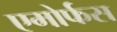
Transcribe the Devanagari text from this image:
एमोर्फस